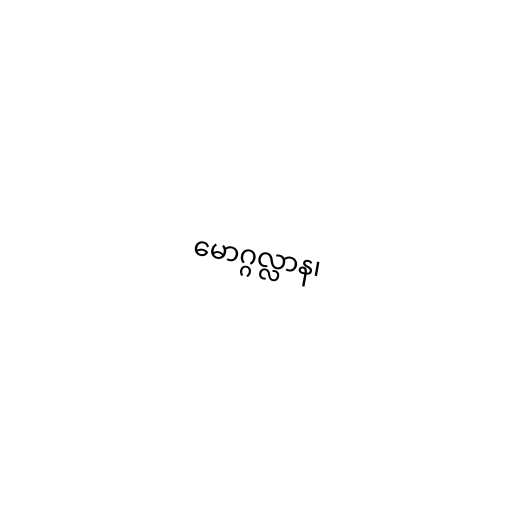
မောဂ္ဂလ္လာန၊